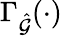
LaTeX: \Gamma_{\hat{\mathcal{G}}}(\cdot)